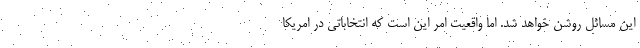
اين مسائل روشن خواهد شد. اما واقعيت امر اين است كه انتخاباتي در امريكا